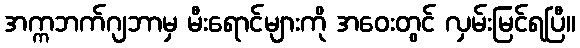
အက္ကဘက်ဂျဘာမှ မီးရောင်များကို အဝေးတွင် လှမ်းမြင်ရပြီ။